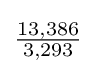
{\tfrac {13,386}{3,293}}